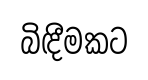
බිඳීමකට